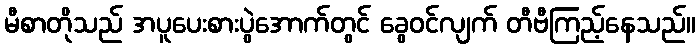
မီစာတိုသည် အပူပေးစားပွဲအောက်တွင် ခွေဝင်လျက် တီဗီကြည့်နေသည်။